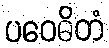
ပဝေဓိတံ